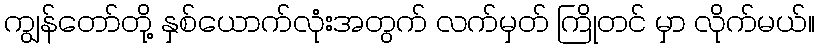
ကျွန်တော်တို့ နှစ်ယောက်လုံးအတွက် လက်မှတ် ကြိုတင် မှာ လိုက်မယ်။